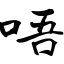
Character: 唔